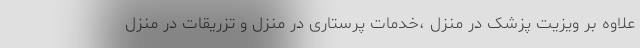
علاوه بر ویزیت پزشک در منزل ،خدمات پرستاری در منزل و تزریقات در منزل